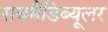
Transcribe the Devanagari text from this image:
सबमैंडिब्यूलर